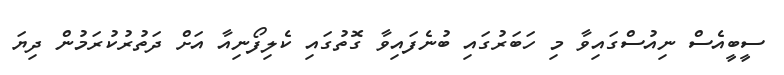
ސީބީއެސް ނިއުސްގައިވާ މި ހަބަރުގައި ބުނެފައިވާ ގޮތުގައި ކެލިފޯނިއާ އަށް ދަތުރުކުރަމުން ދިޔަ